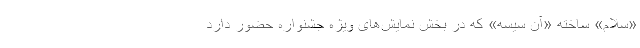
«سلام» ساخته «آن سیسه» که در بخش نمایش‌های ویژه جشنواره حضور دارد